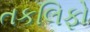
તકલિફો